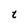
Character: t